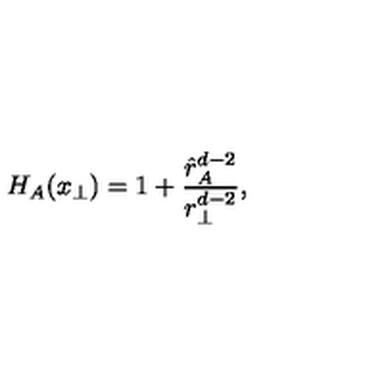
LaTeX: H _ { A } ( x _ { \perp } ) = 1 + { \frac { \hat { r } _ { A } ^ { d - 2 } } { r _ { \perp } ^ { d - 2 } } } ,